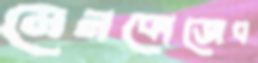
মেনকোজেব